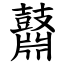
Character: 鼘